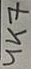
Text: 4K7